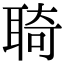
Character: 𦖊